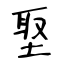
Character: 埾